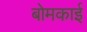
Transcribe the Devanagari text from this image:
बोमकाई